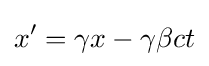
x'=\gamma x-\gamma \beta ct